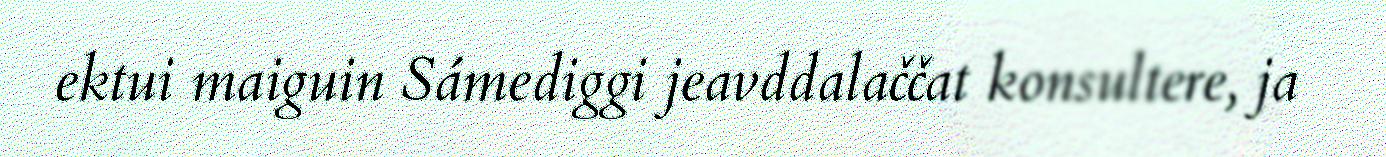
ektui maiguin Sámediggi jeavddalaččat konsultere, ja